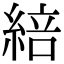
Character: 䋨